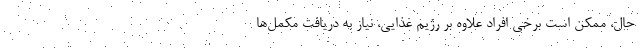
حال، ممکن است برخی افراد علاوه بر رژیم غذایی، نیاز به دریافت مکمل‌ها